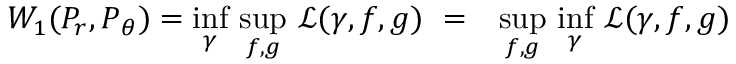
\begin{array} { r l } { W _ { 1 } ( P _ { r } , P _ { \theta } ) = \underset { \gamma } { \operatorname* { i n f } } \ \underset { f , g } { \operatorname* { s u p } } \ \mathcal { L } ( \gamma , f , g ) \ = } & { \underset { f , g } { \operatorname* { s u p } } \ \underset { \gamma } { \operatorname* { i n f } } \ \mathcal { L } ( \gamma , f , g ) } \end{array}